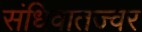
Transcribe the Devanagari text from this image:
संधिवातज्वर